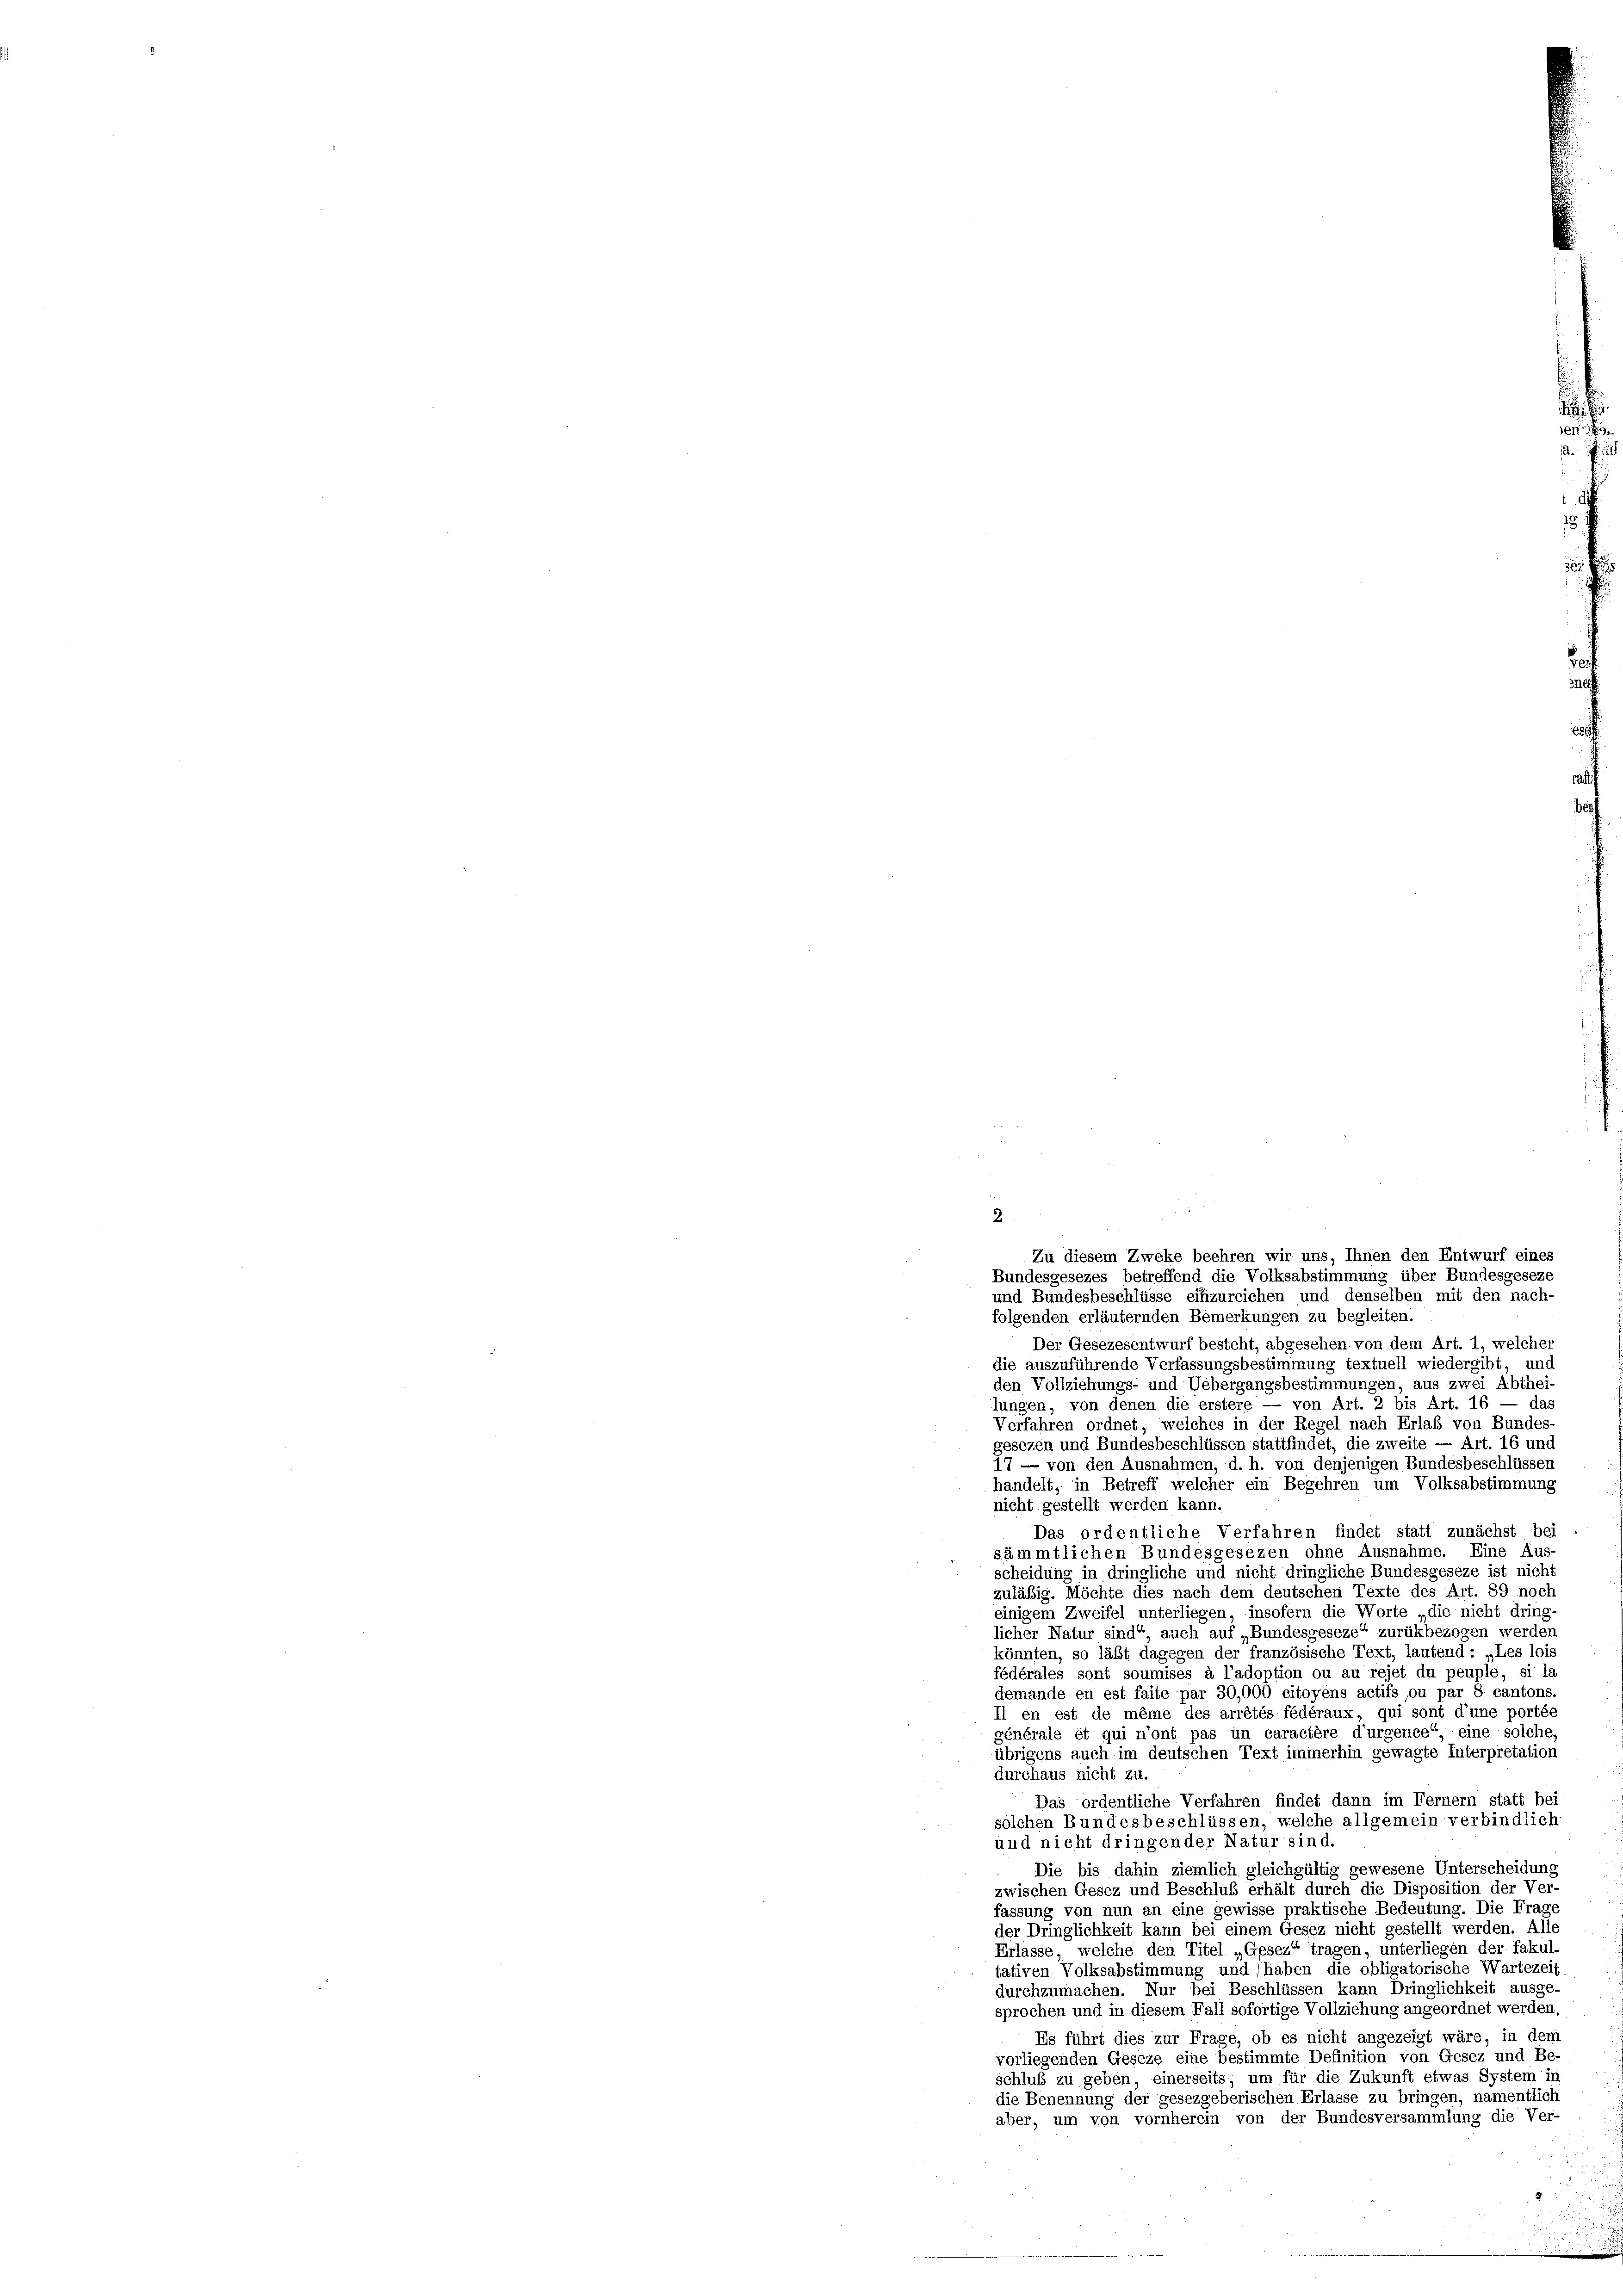
2

folgenden erläuternden Bemerkungen zu begleiten.
Der Gesezesentwurf besteht, abgesehen von dem Art. 1, welcher
die auszuführende Verfassungsbestimmung textuell wiedergibt, und
den Vollziehungs- und Uebergangsbestimmungen, aus zwei Abthei-
lungen, von denen die erstere — von Art. 2 bis Art. 16 — das
Verfahren ordnet, welches in der Regel nach Erlaß von Bundes
gesezen und Bundesbeschlüssen stattfindet, die zweite — Art. 16 und
17 — von den Ausnahmen, d. h. von denjenigen Bundesbeschlüsser
handelt, in Betreff welcher ein Begehren um Volksabstimmung
nicht gestellt werden kann.
Das ordentliche Verfahren findet statt zunächst bei
sämmtlichen Bundesgesezen ohne Ausnahme. Eine Aus-
scheidung in dringliche und nicht dringliche Bundesgeseze ist nicht
zuläßig. Möchte dies nach dem deutschen Texte des Art. 89 noch
einigem Zweifel unterliegen, insofern die Worte „die nicht dring-
licher Natur sind“ auch auf „Bundesgeseze“ zurükbezogen werden
könnten, so läßt dagegen der französische Text, lautend : „Les lois
fédérales sont soumises à l’adoption ou au rejet du peuple, si la
demande en est faite par 30,000 citoyens actifs ou par 8 cantons.
Il en est de même des arrêtés fédéraux, qui sont d’une portée
générale et qui n’ont pas un caractère d’urgence“ eine solche,
übrigens auch im deutschen Text immerhin gewagte Interpretation
durchaus nicht zu.
Das ordentliche Verfahren findet dann im Fernem statt bei
solchen Bundesbeschlüssen, welche allgemein verbindlich
und nicht dringender Natur sind.
Die bis dahin ziemlich gleichgültig gewesene Unterscheidung
zwischen Gesez und Beschluß erhält durch die Disposition der Ver-
fassung von nun an eine gewisse praktische Bedeutung. Die Frage
der Dringlichkeit kann bei einem Gesez nicht gestellt werden. Alle
Erlasse, welche den Titel „Gesez“ tragen, unterliegen der fakul
tativen Volksabstimmung und (haben die obligatorische Wartezei
durchzumachen. Nur bei Beschlüssen kann Dringlichkeit ausge-
sprochen und in diesem Fall sofortige Vollziehung angeordnet werden,
Es führt dies zur Frage, ob es nicht angezeigt wäre, in dem
vorliegenden Geseze eine bestimmte Definition von Gesez und Be-
schluß zu geben, einerseits, um für die Zukunft etwas System in
die Benennung der gesezgeberischen Erlasse zu bringen, namentlich
aber, um von vornherein von der Bundesversammlung die Ver-

Zu diesem Zweke beehren wir uns, Ihnen den Entwurf eines
Bundesgesezes betreffend die Volksabstimmung über Bundesgeseze
und Bundesbeschlüsse einzureichen und denselben mit den nach-